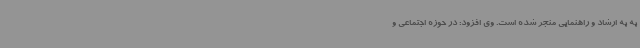
به به ارشاد و راهنمایی منجر شده است. وی افزود: در حوزه اجتماعی و